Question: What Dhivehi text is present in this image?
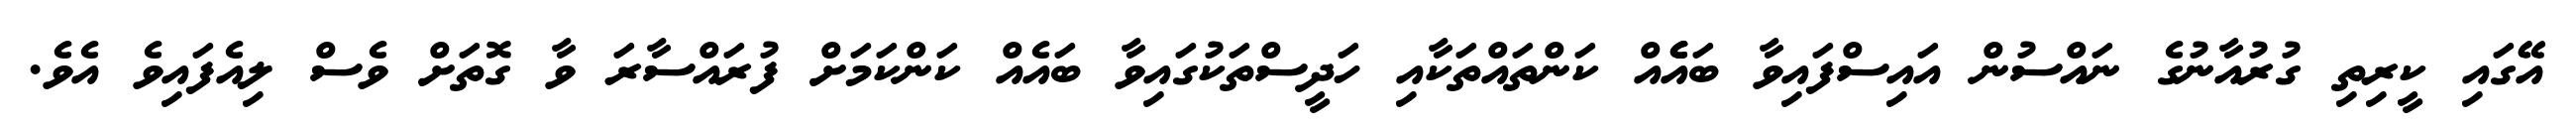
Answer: އޭގައި ކީރިތި ގުރުއާނުގެ ނައްސުން އައިސްފައިވާ ބައެެއް ކަންތައްތަކާއި ހަދީސްތަކުގައިވާ ބައެއް ކަންކަމަށް ފުރައްސާރަ ވާ ގޮތަށް ވެސް ލިއެފައިވެ އެވެ.